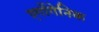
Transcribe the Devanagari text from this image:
एर्गोगेनिक